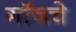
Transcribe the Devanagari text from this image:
गॉजचे